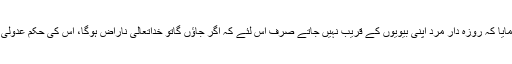
پھرفرمایا کہ روزہ دار مرد اپنی بیویوں کے قریب نہیں جاتے صرف اس لئے کہ اگر جاؤں گاتو خداتعالیٰ ناراض ہوگا، اس کی حکم عدولی ہوگی۔